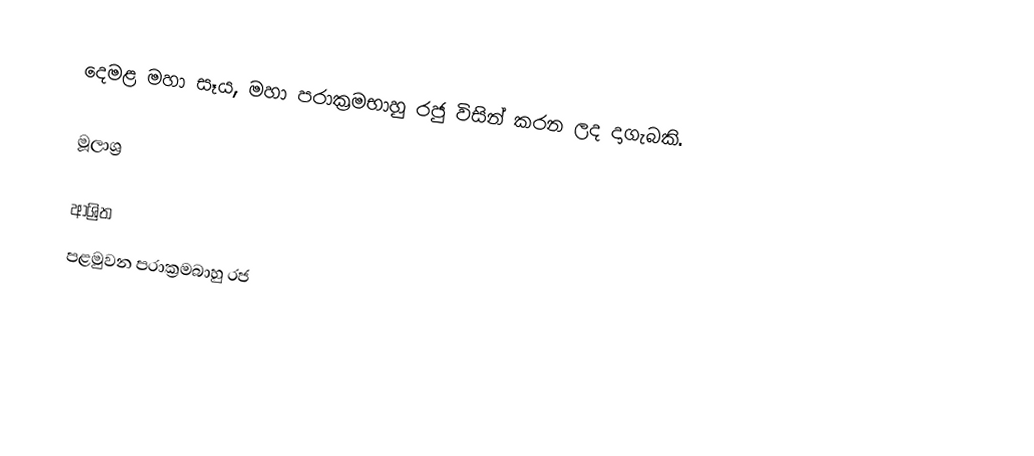
දෙමළ මහා සෑය, මහා පරාක්‍රමභාහු රජු විසින් කරන ලද දාගැබකි.

මූලාශ්‍ර

ආශ්‍රිත
 පළමුවන පරාක්‍රමබාහු රජ